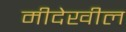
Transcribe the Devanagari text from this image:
मीदेखील